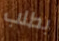
بطلب